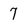
Character: 7